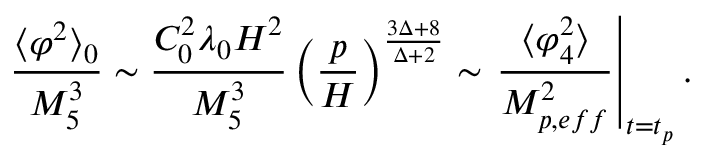
\frac { \langle \varphi ^ { 2 } \rangle _ { 0 } } { M _ { 5 } ^ { 3 } } \sim \frac { C _ { 0 } ^ { 2 } \lambda _ { 0 } H ^ { 2 } } { M _ { 5 } ^ { 3 } } \left( \frac { p } { H } \right) ^ { \frac { 3 \Delta + 8 } { \Delta + 2 } } \sim \left. \frac { \langle \varphi _ { 4 } ^ { 2 } \rangle } { M _ { p , e f f } ^ { 2 } } \right\vert _ { t = t _ { p } } .